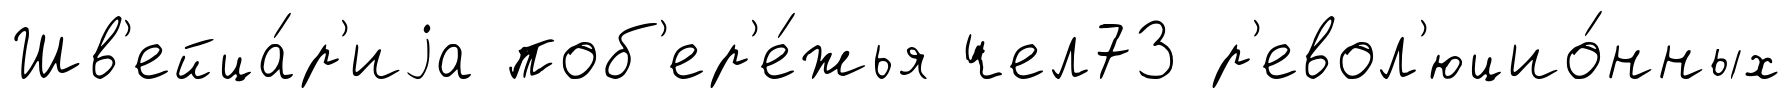
Шв'ейца́р'иjа поб'ер'е́жья чел73 р'евол'юцио́нных